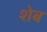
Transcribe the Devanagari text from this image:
शेब